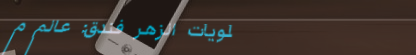
حلويات الزهر فندق: عالم م